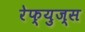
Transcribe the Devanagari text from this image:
रेफ्युज्स